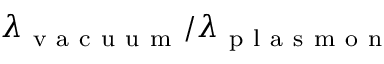
\lambda _ { \mathrm { ~ v ~ a ~ c ~ u ~ u ~ m ~ } } / \lambda _ { \mathrm { ~ p ~ l ~ a ~ s ~ m ~ o ~ n ~ } }